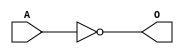
module ACINVD(A, O);
input   A;
output  O;
not g0(O, A);
endmodule